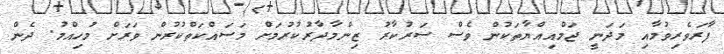
ފާރަވެރިވުމާއި މަދަނީ ޖަމްއިއްޔާތަކުން ވެސް ސަރުކާރު ޒިންމާދާރުކުރުމަށް މަސައްކަތްކުރުން ވަރަށް މުހިއްމު. ދެން